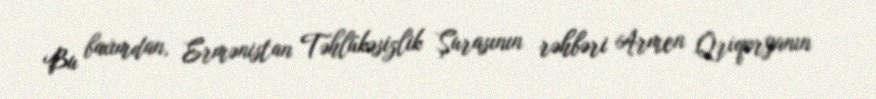
Bu baxımdan, Ermənistan Təhlükəsizlik Şurasının rəhbəri Armen Qriqoryanın